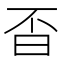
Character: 㫘